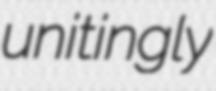
unitingly